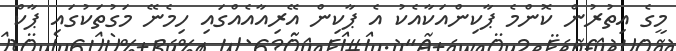
މީގެ އިތުރުން ކޮންމެ ޕާކިންއަކާއެކު އެ ޕާކިން އޭރިއާއެއްގައި ހިމެނޭ މަގުތަކުގައި ޕާކް